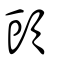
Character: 頭